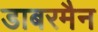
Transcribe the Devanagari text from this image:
डाबरमैन